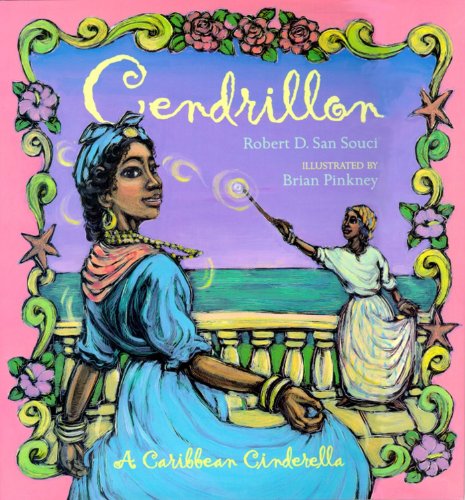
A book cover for Cendrillon: A Caribbean Cinderella; Robert D. San Souci; Children's Books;